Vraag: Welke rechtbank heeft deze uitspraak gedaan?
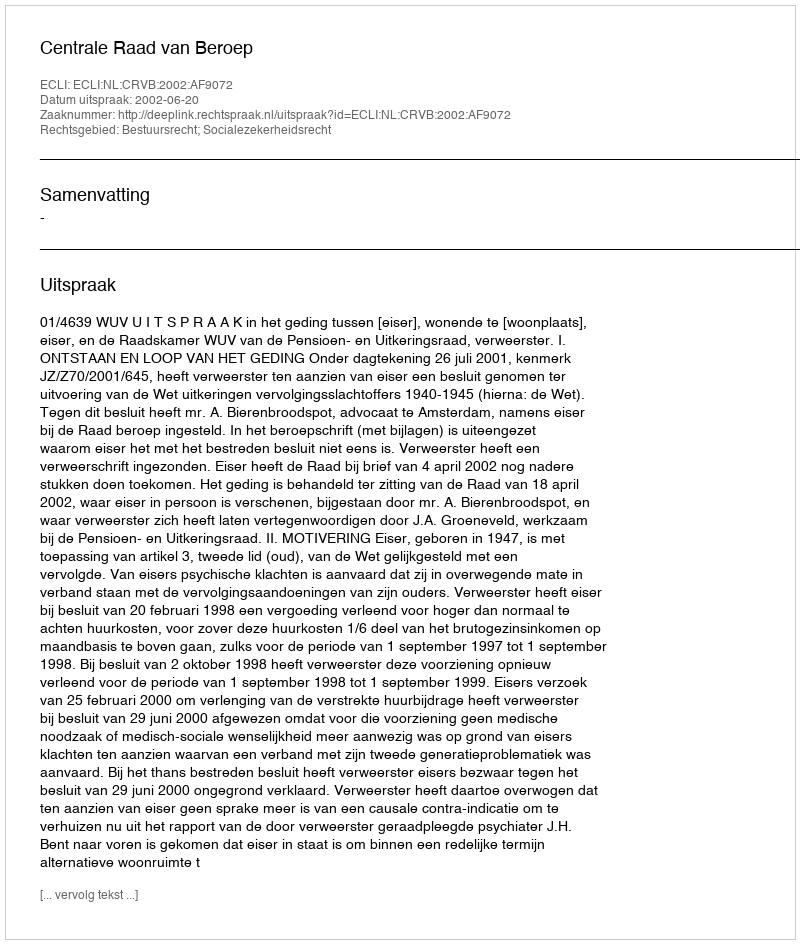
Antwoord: Centrale Raad van Beroep